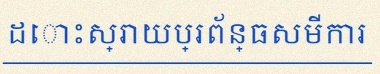
ដោះស្រាយប្រព័ន្ធសមីការ